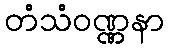
တံသံဝဏ္ဏနာ